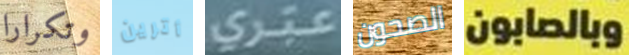
وتكرارا أترين عبري الصحون وبالصابون